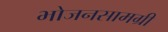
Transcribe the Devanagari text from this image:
भोजनसामग्री